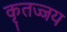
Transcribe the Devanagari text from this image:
कृतज्जय